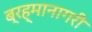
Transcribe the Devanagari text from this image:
ब्रह्मानागरी